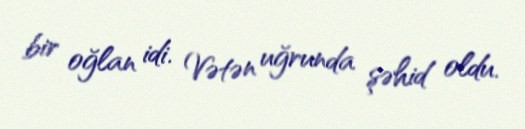
bir oğlan idi. Vətən uğrunda şəhid oldu.